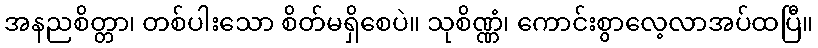
အနညစိတ္တာ၊ တစ်ပါးသော စိတ်မရှိစေပဲ။ သုစိဏ္ဏံ၊ ကောင်းစွာလေ့လာအပ်ထပြီ။